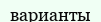
варианты